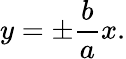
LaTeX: y=\pm{\frac{b}{a}}x.